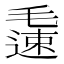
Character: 𨖧